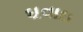
ઘવાઇ